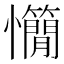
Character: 𢥣